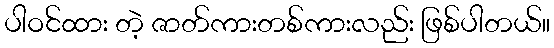
ပါဝင်ထား တဲ့ ဇာတ်ကားတစ်ကားလည်း ဖြစ်ပါတယ်။